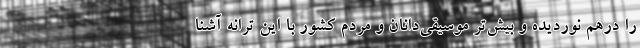
را درهم نوردیده و بیش‌تر موسیقی‌دانان و مردم کشور با این ترانه آشنا